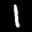
Label: 1